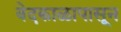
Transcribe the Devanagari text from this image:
वेदकाळापासून